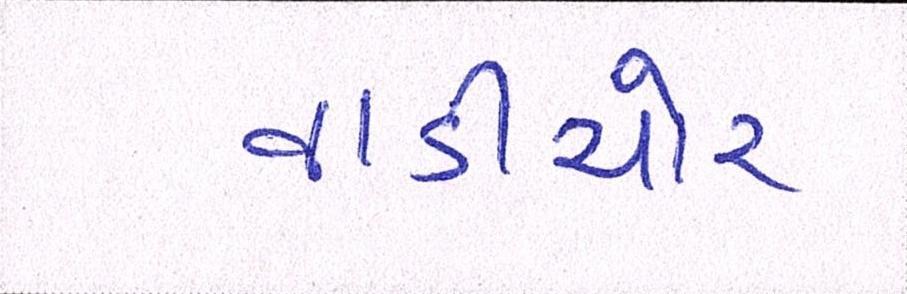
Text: વાડીચોર